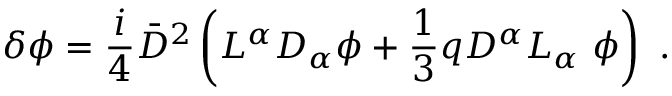
\delta \phi = \frac { i } { 4 } { \bar { D } } ^ { 2 } \left( L ^ { \alpha } D _ { \alpha } \phi + \frac { 1 } { 3 } q D ^ { \alpha } L _ { \alpha } \ \phi \right) \ .